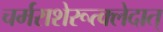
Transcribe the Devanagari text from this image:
चर्मराशेरूत्क्लेदात्